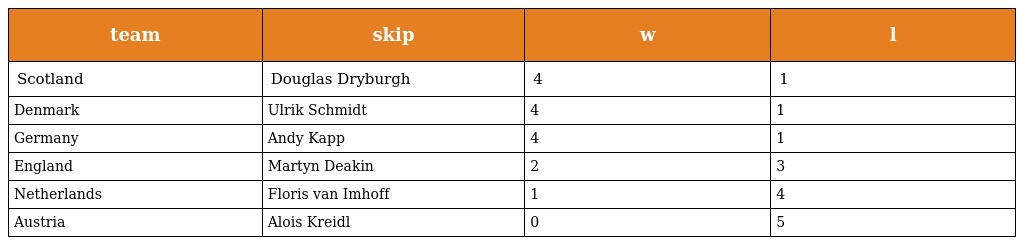
| team | skip | w | l |
 | --- | --- | --- | --- |
 | Scotland | Douglas Dryburgh | 4 | 1 |
 | Denmark | Ulrik Schmidt | 4 | 1 |
 | Germany | Andy Kapp | 4 | 1 |
 | England | Martyn Deakin | 2 | 3 |
 | Netherlands | Floris van Imhoff | 1 | 4 |
 | Austria | Alois Kreidl | 0 | 5 |